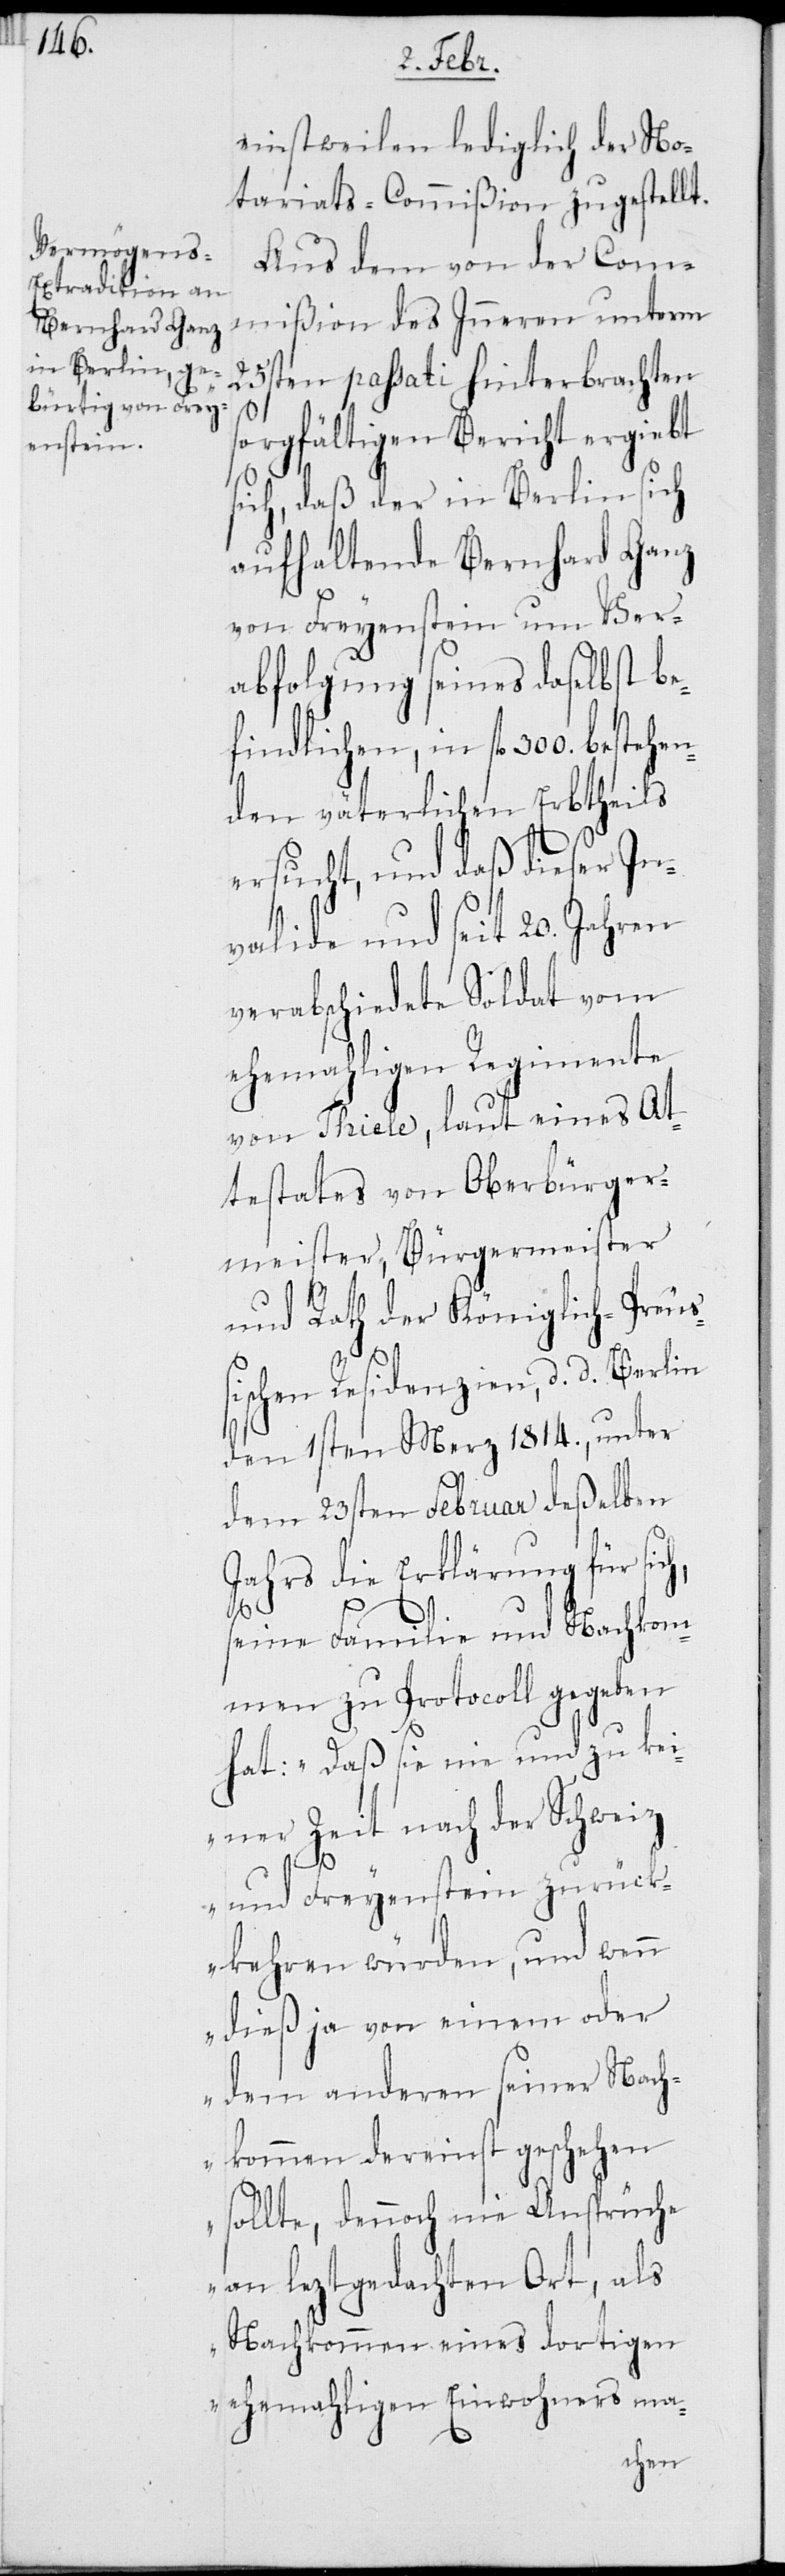
einstweilen lediglich der No¬
tariats-Commißion zugestellt.
Aus dem von der Com¬
mißion des Inneren unterm
25sten passati hinterbrachten
sorgfältigen Bericht ergiebt
sich, daß der in Berlin sich
aufhaltende Bernhard Ganz
von Freyenstein um Ver¬
abfolgung seines daselbst be¬
findlichen, in fl 300. bestehen¬
den väterlichen Erbteils
ersucht, und daß dieser In¬
valide und seit 20. Jahren
verabschiedete Soldat vom
ehemahligen Regimente
von Thiele, laut eines At¬
testates von Oberbürger¬
meister, Bürgermeister
und Rath der Königlich-Preuß¬
ischen Residenzien, d. d. Berlin
den 1sten Merz 1814., unter
dem 23sten Februar deßelben
Jahrs die Erklärung für sich,
seine Familie und Nachkom¬
men zu Protocoll gegeben
hat: „Daß sie nie und zu kei¬
ner Zeit nach der Schweiz
und Freyenstein zurück¬
kehren würden, und wenn
dieß ja von einem oder
dem anderen seiner Nach¬
kommen dereinst geschehen
sollte, dennoch nie Ansprüche
an leztgedachten Ort, als
Nachkommen eines dortigen
ehemaligen Einwohners ma-